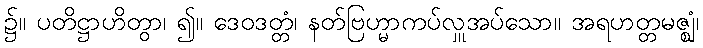
၌။ ပတိဋ္ဌာဟိတွာ၊ ၍။ ဒေဝဒတ္တံ၊ နတ်ဗြဟ္မာကပ်လှူအပ်သော။ အရဟတ္တမဇ္ဈံ၊